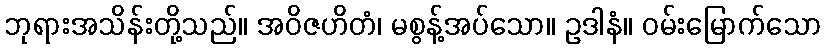
ဘုရားအသိန်းတို့သည်။ အဝိဇဟိတံ၊ မစွန့်အပ်သော။ ဥဒါနံ။ ဝမ်းမြောက်သော